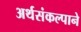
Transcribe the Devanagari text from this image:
अर्थसंकल्पाने